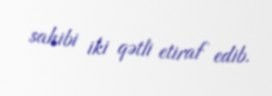
sahibi iki qətli etiraf edib.